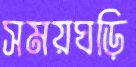
সময়ঘড়ি